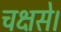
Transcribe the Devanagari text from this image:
चक्षसे।